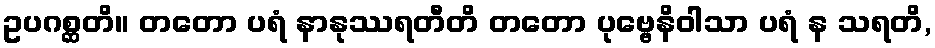
ဥပဂစ္ဆတိ။ တတော ပရံ နာနုဿရတီတိ တတော ပုဗ္ဗေနိဝါသာ ပရံ န သရတိ,